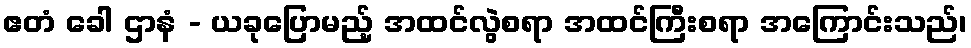
ဧတံ ခေါ ဌာနံ - ယခုပြောမည့် အထင်လွဲစရာ အထင်ကြီးစရာ အကြောင်းသည်၊